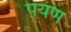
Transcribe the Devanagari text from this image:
पयण